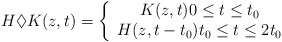
\begin{align*}H\Diamond K(z,t)=\left\{\begin{array}[c]{c}K(z,t)0\leq t\leq t_{0}\\H(z,t-t_{0})t_{0}\leq t\leq2t_{0}\end{array}\right. \end{align*}